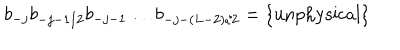
LaTeX: b _ { - j } b _ { - j - 1 / 2 } b _ { - j - 1 } \ldots b _ { - j - ( L - 2 ) / 2 } = \{ \mathrm { u n p h y s i c a l } \}